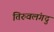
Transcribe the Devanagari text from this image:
तिरुवलंगदु